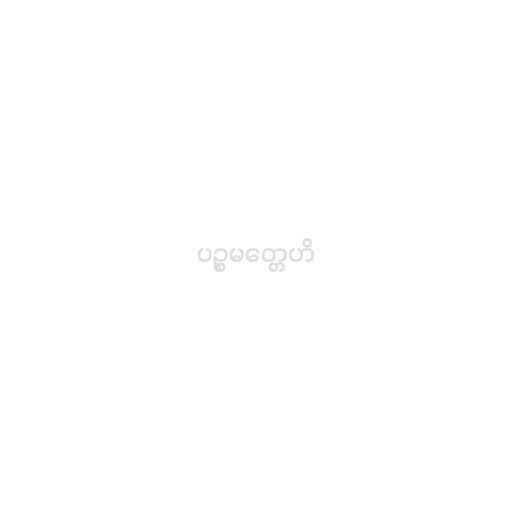
ပဉ္စမတ္တေဟိ